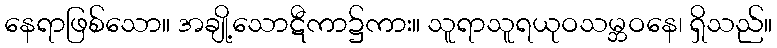
နေရာဖြစ်သော။ အချို့သောဋီကာ၌ကား။ သူရာသူရယုဝသမ္ဘဝနေ၊ ရှိသည်။